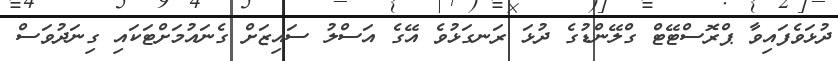
ދުޅަވެފައިވާ ޕްރޮސްޓޭޓް ގްލޭންޑުގެ ދުޅަ ރަނގަޅުވެ އޭގެ އަސްލު ސައިޒަށް ގެނައުމަށްޓަކައި ގިނަދުވަސް